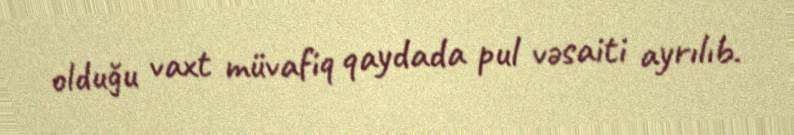
olduğu vaxt müvafiq qaydada pul vəsaiti ayrılıb.